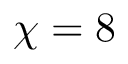
\chi = 8